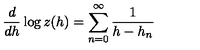
\frac d { d h } \log z ( h ) = \sum _ { n = 0 } ^ { \infty } \frac 1 { h - h _ { n } }